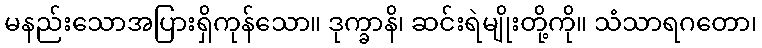
မနည်းသောအပြားရှိကုန်သော။ ဒုက္ခာနိ၊ ဆင်းရဲမျိုးတို့ကို။ သံသာရဂတော၊